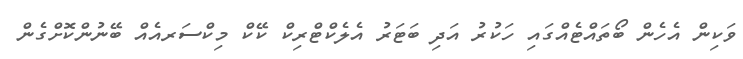
ވަކިން އެހެން ބޯތައްޓެއްގައި ހަކުރު އަދި ބަޓަރު އެލެކްޓްރިކް ކޭކް މިކްސަރއެއް ބޭނުންކޮށްގެން